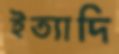
ইত্যাদি